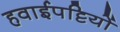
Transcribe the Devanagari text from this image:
हवाईपट्टियों